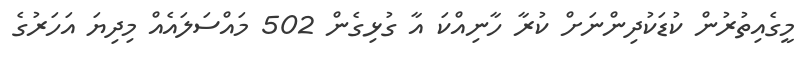
މީގެއިތުރުން ކުޑަކުދިންނަށް ކުރާ ހާނިއްކަ އާ ގުޅިގެން 502 މައްސަލައެއް މިދިޔަ އަހަރުގެ